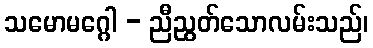
သမောမဂ္ဂေါ - ညီညွတ်သောလမ်းသည်၊